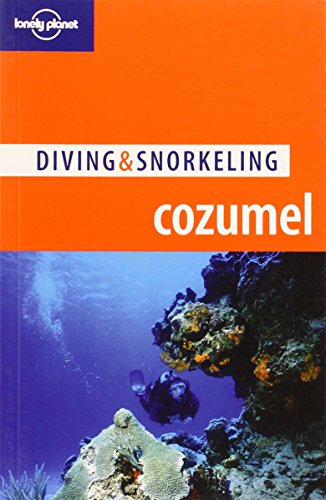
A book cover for Lonely Planet Diving & Snorkeling Cozumel (Lonely Planet Diving and Snorkeling Guides); Lonely Planet; Sports & Outdoors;